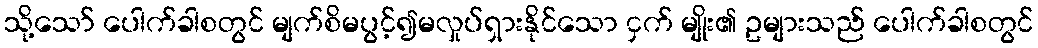
သို့သော် ပေါက်ခါစတွင် မျက်စိမပွင့်၍မလှုပ်ရှားနိုင်သော ငှက် မျိုး၏ ဥများသည် ပေါက်ခါစတွင်